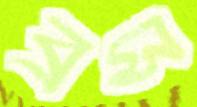
ব্রস